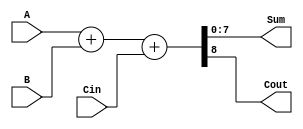
module ParallelAdder(
  input [7:0] A, B,  // 8-bit inputs
  input Cin,         // Carry-in
  output [7:0] Sum,   // 8-bit sum
  output Cout         // Carry-out
);

  // Internal signals
  wire [7:0] Sum_intermediate;  // Intermediate sum
  wire Cout_intermediate;       // Intermediate carry-out

  // Ripple Carry Adder logic
  assign {Cout_intermediate, Sum_intermediate} = A + B + Cin;

  // Output signals
  assign Sum = Sum_intermediate;
  assign Cout = Cout_intermediate;

endmodule